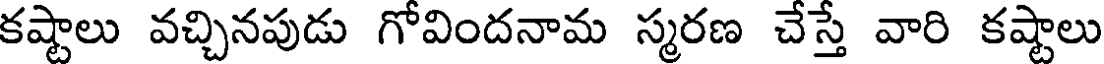
కష్టాలు వచ్చినపుడు గోవిందనామ స్మరణ చేస్తే వారి కష్టాలు